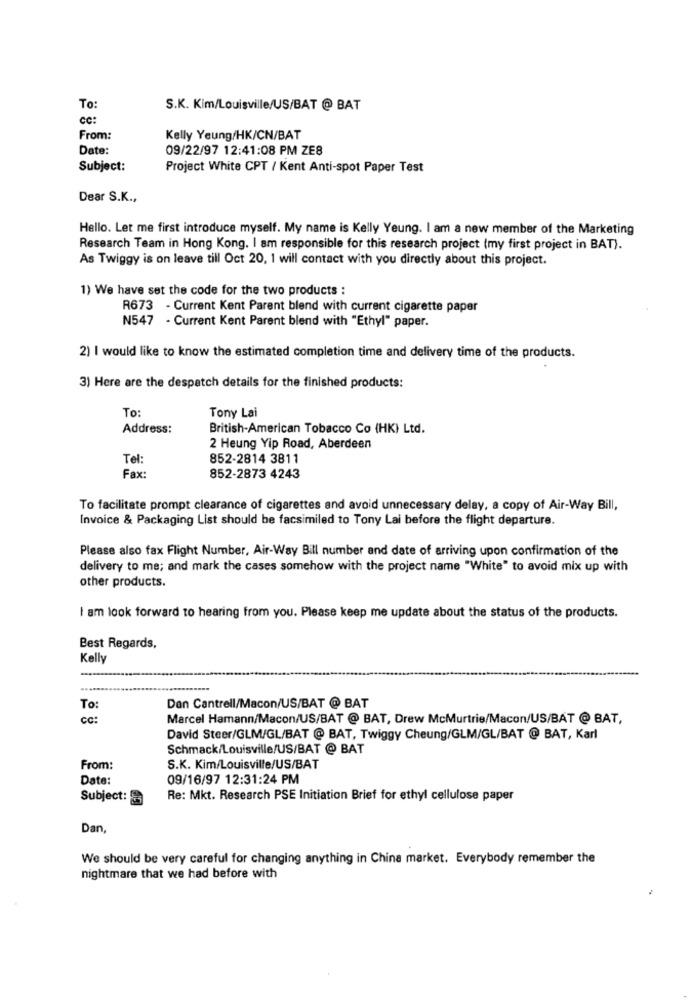
To:
S.K. Kim/Louisville/US/BAT @ BAT
cc:
From:
Kelly Yeung/HK/CN/BAT
Date:
09/22/97 12:41:08 PM ZES
Subject:
Project White CPT / Kent Anti-spot Paper Test
Dear S.K .,
Hello. Let me first introduce myself. My name is Kelly Yeung. I am a new member of the Marketing
Research Team in Hong Kong. I am responsible for this research project (my first project in BAT).
As Twiggy is on leave till Oct 20, 1 will contact with you directly about this project.
1) We have set the code for the two products :
R673 - Current Kent Parent blend with current cigarette paper
N547 - Current Kent Parent blend with "Ethyl" paper.
2) I would like to know the estimated completion time and delivery time of the products.
3) Here are the despatch details for the finished products:
To:
Tony Lai
Address:
British-American Tobacco Co (HK) Ltd.
2 Heung Yip Road, Aberdeen
Tel
852-2814 3811
Fax:
852-2873 4243
To facilitate prompt clearance of cigarettes and avoid unnecessary delay, a copy of Air-Way Bill,
Invoice & Packaging List should be facsimiled to Tony Lai before the flight departure.
Please also fax Flight Number, Air-Way Bill number and date of arriving upon confirmation of the
delivery to me; and mark the cases somehow with the project name "White" to avoid mix up with
other products.
I am look forward to hearing from you. Please keep me update about the status of the products.
Best Regards,
Kelly
To:
Dan Cantrell/Macon/US/BAT @ BAT
cc:
Marcel Hamann/Macon/US/BAT @ BAT, Drew McMurtrie/Macon/US/BAT @ BAT,
David Steer/GLM/GL/BAT @ BAT, Twiggy Cheung/GLM/GL/BAT @ BAT, Karl
Schmack/Louisville/US/BAT @ BAT
From:
S.K. Kim/Louisville/US/BAT
Date:
09/16/97 12:31:24 PM
Subject:
Re: Mkt. Research PSE Initiation Brief for ethyl cellulose paper
Dan,
We should be very careful for changing anything in China market. Everybody remember the
nightmare that we had before with